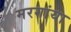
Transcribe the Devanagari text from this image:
मरगांया